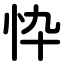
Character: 忰